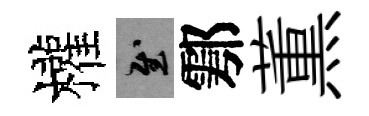
權慰鄠薫